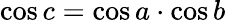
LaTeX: \cos c=\cos a\cdot\cos b